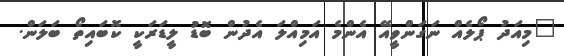
"މިއަދު ޕޯލެއް ނަގަންވީއޭ އެންމެ އަމިއްލަ އެދުން ބޮޑު ލީޑަރަކީ ކޮބައިތޯ ބަލަން.